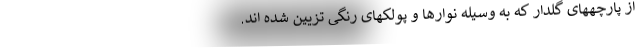
از پارچههای گلدار که به وسیله نوارها و پولکهای رنگی تزیین شده اند.